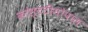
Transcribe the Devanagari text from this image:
कांस्टटीनोपाल